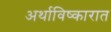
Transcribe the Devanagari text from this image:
अर्थाविष्कारात